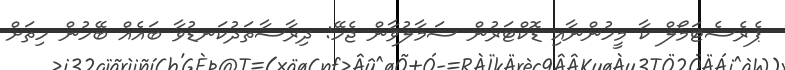
ޕެރެސެޓަމޯލް ކާ މީހުންނާއި ޑޮކްޓަރުން ސަމާލުވާން ޖެހޭ: ދިރާސާތަދުކަނޑުވާ ބައެއް ބޭހުން ހިތަށް